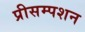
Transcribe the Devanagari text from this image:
प्रीसम्पशन